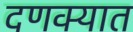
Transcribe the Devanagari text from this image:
दणक्यात